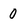
Character: 0